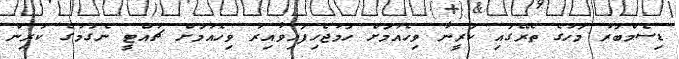
ޑިސެމްބަރު މަހުގެ ތެރޭގައި ކަރީނާ ވިހެއުމަށް ހަމަޖެހިފައިވާއިރު ވިހެއުމަށް ޗުއްޓީ ނެގުމުގެ ކުރިން